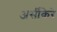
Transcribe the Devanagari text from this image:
अर्सीकेरे